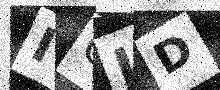
Text: IQJD